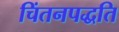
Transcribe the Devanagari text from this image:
चिंतनपद्धति